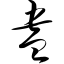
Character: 盎